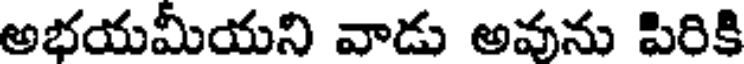
అభయమీయని వాడు అవును పిరికి